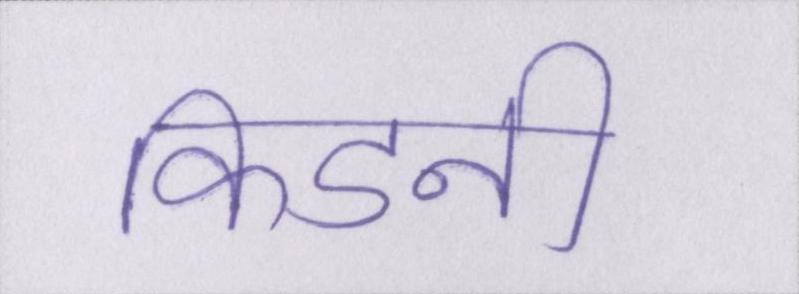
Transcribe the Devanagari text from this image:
किडनी